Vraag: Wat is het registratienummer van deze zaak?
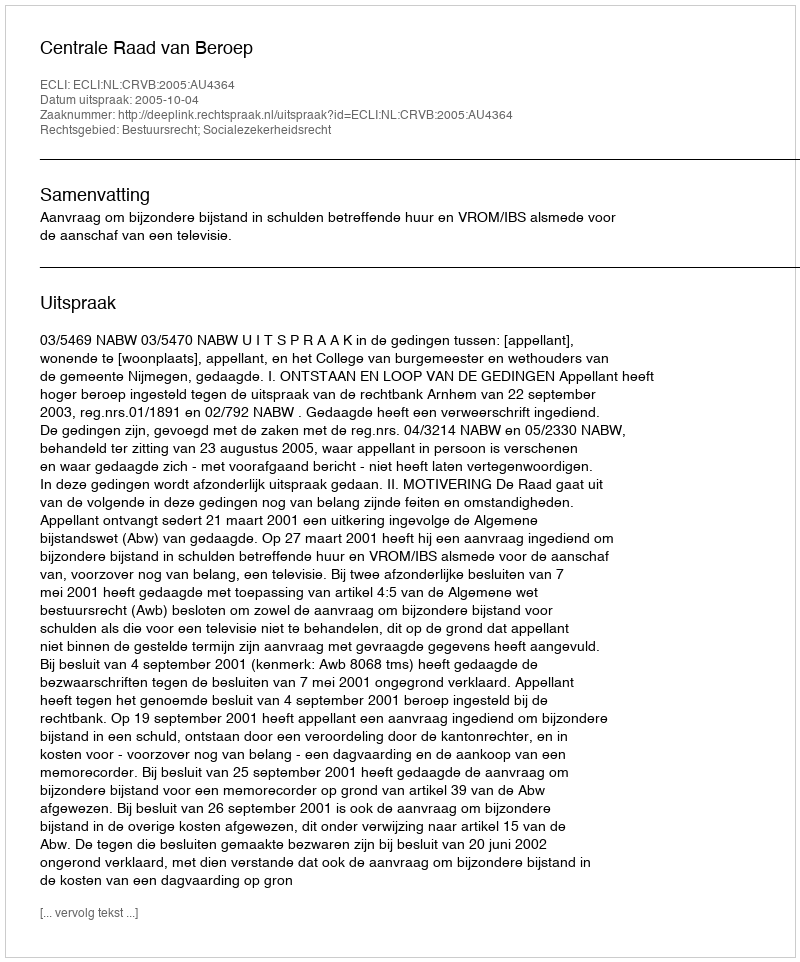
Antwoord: http://deeplink.rechtspraak.nl/uitspraak?id=ECLI:NL:CRVB:2005:AU4364